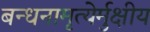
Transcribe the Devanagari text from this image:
बन्धनामृत्येर्मुक्षीय